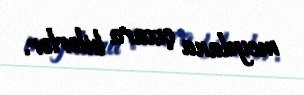
meydana çıxara bilərlər.